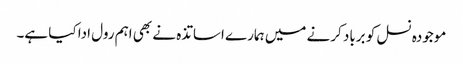
موجودہ نسل کو برباد کرنے میں ہمارے اساتذہ نے بھی اہم رول ادا کیا ہے۔